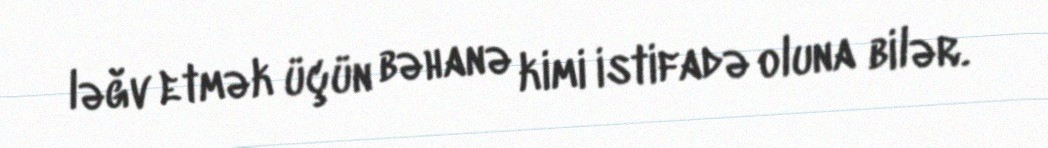
ləğv etmək üçün bəhanə kimi istifadə oluna bilər.